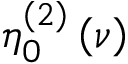
\eta _ { 0 } ^ { \left( 2 \right) } \left( \nu \right)